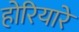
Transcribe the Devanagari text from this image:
होरियारे